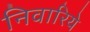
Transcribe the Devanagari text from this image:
निवारिये